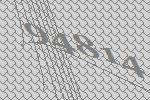
94814